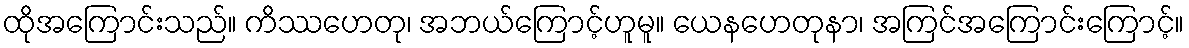
ထိုအကြောင်းသည်။ ကိဿဟေတု၊ အဘယ်ကြောင့်ဟူမူ။ ယေနဟေတုနာ၊ အကြင်အကြောင်းကြောင့်။